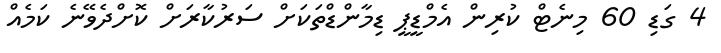
4 ގަޑި 60 މިނެޓް ކުރިން އެމްޑީޕީ ޑިމާންޑްތަކަށް ސަރުކާރަށް ކޮށްދެވޭނެ ކަމެއް